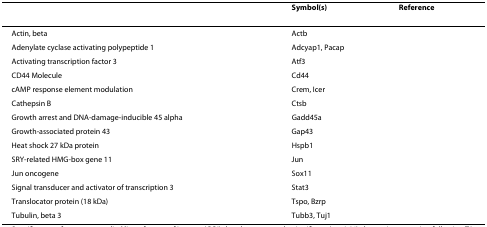
<table><thead><tr><td>[EMPTY_CELL]</td><td><b>Symbol(s)</b></td><td><b>Reference</b></td></tr></thead><tbody><tr><td>Actin, beta</td><td>Actb</td><td>[EMPTY_CELL]</td></tr><tr><td>Adenylate cyclase activating polypeptide 1</td><td>Adcyap1, Pacap</td><td>[EMPTY_CELL]</td></tr><tr><td>Activating transcription factor 3</td><td>Atf3</td><td>[EMPTY_CELL]</td></tr><tr><td>CD44 Molecule</td><td>Cd44</td><td>[EMPTY_CELL]</td></tr><tr><td>cAMP response element modulation</td><td>Crem, Icer</td><td>[EMPTY_CELL]</td></tr><tr><td>Cathepsin B</td><td>Ctsb</td><td>[EMPTY_CELL]</td></tr><tr><td>Growth arrest and DNA-damage-inducible 45 alpha</td><td>Gadd45a</td><td>[EMPTY_CELL]</td></tr><tr><td>Growth-associated protein 43</td><td>Gap43</td><td>[EMPTY_CELL]</td></tr><tr><td>Heat shock 27 kDa protein</td><td>Hspb1</td><td>[EMPTY_CELL]</td></tr><tr><td>SRY-related HMG-box gene 11</td><td>Jun</td><td>[EMPTY_CELL]</td></tr><tr><td>Jun oncogene</td><td>Sox11</td><td>[EMPTY_CELL]</td></tr><tr><td>Signal transducer and activator of transcription 3</td><td>Stat3</td><td>[EMPTY_CELL]</td></tr><tr><td>Translocator protein (18 kDa)</td><td>Tspo, Bzrp</td><td>[EMPTY_CELL]</td></tr><tr><td>Tubulin, beta 3</td><td>Tubb3, Tuj1</td><td>[EMPTY_CELL]</td></tr></tbody></table>